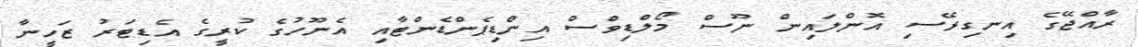
ރާއްޖޭގެ އިނގިރޭސި އޮންލައިން ނޫސް މޯލްޑިވްސް އިންޑިޕެންޑެންޓާއި އެނޫހުގެ ކުރީގެ އެޑިޓަރު ޒަހީނާ